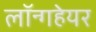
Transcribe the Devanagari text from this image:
लॉन्गहेयर